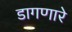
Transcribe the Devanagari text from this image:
डागणारे